Lunatic asylums Bombay report 1891-1903 - 1891-1903
Year: 1891
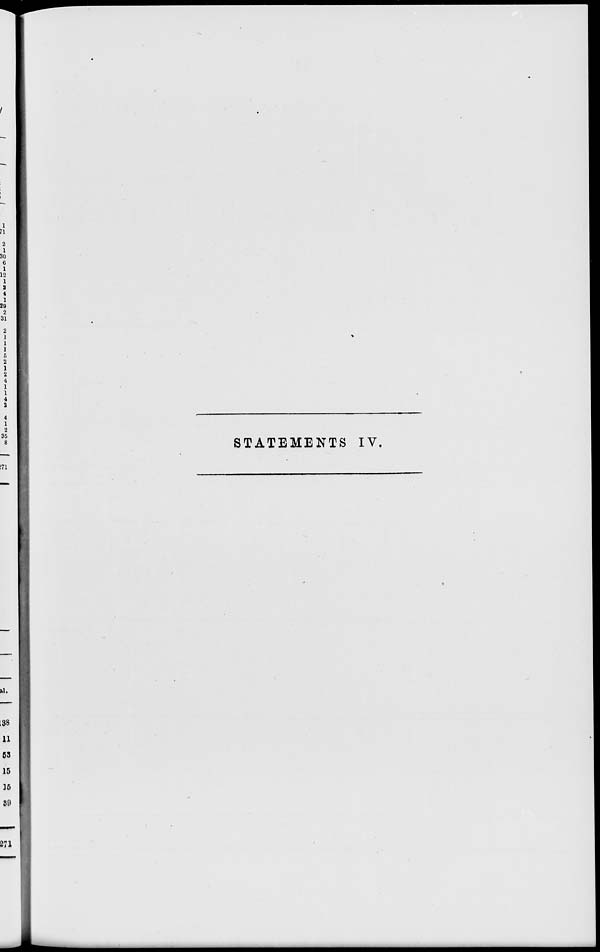
STATEMENTS IV.